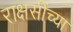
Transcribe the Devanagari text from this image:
राक्षसींच्या